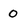
Character: 0